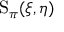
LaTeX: \operatorname { S } _ { \pi } ( \xi , \eta )